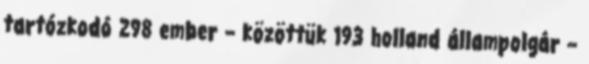
tartózkodó 298 ember – közöttük 193 holland állampolgár –